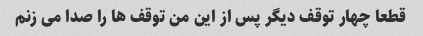
قطعا چهار توقف دیگر پس از این من توقف ها را صدا می زنم